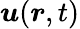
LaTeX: \boldsymbol{u}(\boldsymbol{r},t)